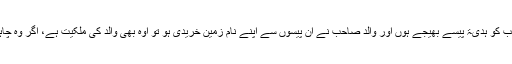
نیز اگر ان بھائیوں میں سے کسی بھائی نےوالد صاحب کو ہدیۃً پیسے بھیجے ہوں اور والد صاحب نے ان پیسوں سے اپنے نام زمین خریدی ہو تو اوہ بھی والد کی ملکیت ہے، اگر وہ چاہیں تو اس کو بھی اس تقسیم میں شامل کر سکتے ہیں۔